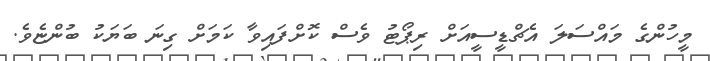
މީހުންގެ މައްސަލަ އެޗްޑީސީއަށް ރިޕޯޓު ވެސް ކޮށްފައިވާ ކަމަށް ގިނަ ބަޔަކު ބުންޏެވެ.